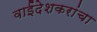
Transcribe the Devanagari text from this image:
वाईंदेशकरांचा